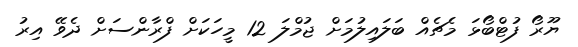
ޔޫރޯ ފުޓްބޯޅަ މެޗެއް ބަލައިލުމަށް ޖުމްލަ 12 މީހަކަށް ފްރާންސަށް ދެވޭ އިރު